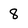
Character: 8